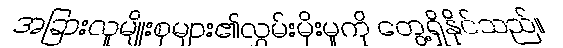
အခြားလူမျိုးစုများ၏လွှမ်းမိုးမှုကို တွေ့ရှိနိုင်သည်။